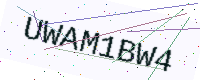
Text: UWAM1BW4